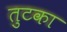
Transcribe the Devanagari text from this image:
तुटका